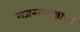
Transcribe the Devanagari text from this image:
गजन्तमोक्षाचा